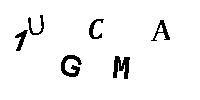
1UGCMA